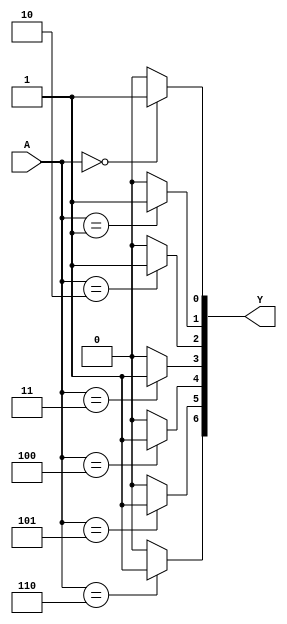
module Decoder(A,Y);

input [2:0] A;
output [7:0] Y;

reg[7:0] Y;
integer N;

always @(A)
begin
for(N=0;N<7;N=N+1)
if(A==N)
Y[N]=1;
else Y[N]=0;

end
endmodule